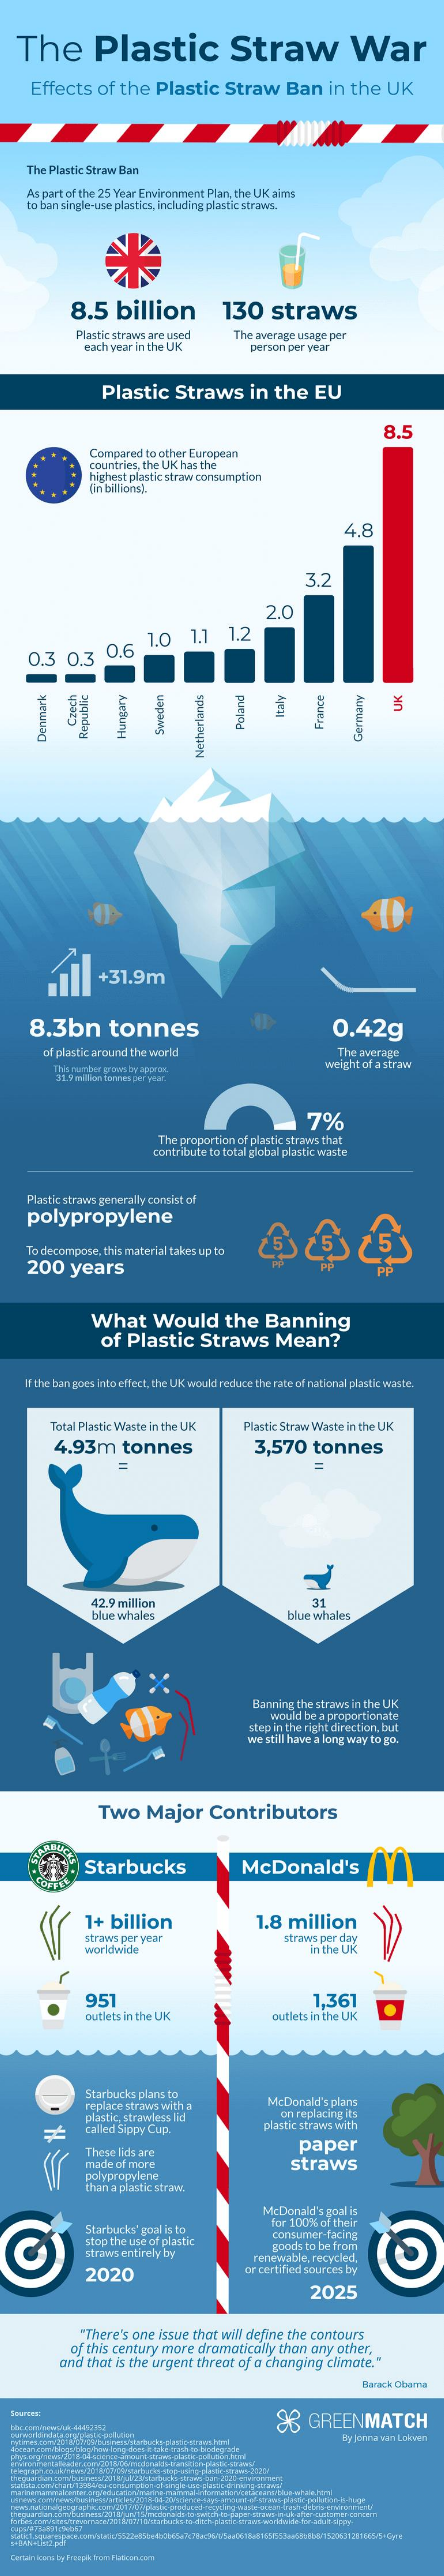
The    Plastic    Straw    War
     Effects    of  the   Plastic    Straw    Ban    in  the   UK
     The Plastic Straw Ban
     As part of the 25 Year Environment Plan, the UK aims
     to ban single-use plastics, including plastic straws.
     8.5    billion    130    straws
     Plastic straws are used
     each year in the UK
     The average usage per
     person per year
     Plastic    Straws    in  the    EU
     8.5
     Compared  to other European
     countries, the UK has the
     highest plastic straw consumption
     (in billions).
     4.8
     3.2
     2.0
     1.0    1.1    1.2
     0.3   0.3    0.6
     UK Italy Czech France Poland Sweden Republic Hungary Germany Dermark Netherlands
     +31.9m
     8.3bn    tonnes    0.42g
     of plastic around the world    The average
     Thi auber grows by appnos    weight of a straw
     31.5 million bonnes per year.
     7%
     The proportion of plastic straws that
     contribute to total global plastic waste
     Plastic straws generally consist of
     polypropylene
     To decompose, this material takes up to
     200    years
     What    Would    the    Banning
     of  Plastic    Straws    Mean?
    If the bun goes into effect, the UK would reduce the rate of national plastic wirite.
     Total Plastic Waste in the UK    Plastic Straw Waste in the UK
     4.93m    tonnes    3,570    tonnes
     42.9 million    31
     blue whales    blue whales
     Barring the straws in the UK
     would be a proportionate
     step in the right direction but
     we still have a long way to go.
     Two    Major    Contributors
     Starbucks    McDonald's
     1+   billion    1.8   million
     straws per year    straws per day
     worldwide    In the UK
     951    1.361
     outlets in the UK    outlets in the UK
     Starbucks plans to
     replace straws with a    McDonald's plans
     plastic, strawless lid    on replacing its
     called Sippy Cup.    plastic straws with
     These lids are
     paper
     made  of more    straws
     polypropylene
     than a plastic straw.
     McDonald's goal is
     Starbucks' goal is to
     for 1000% of their
     stop the use of plastic
     consumer-facing
     straws entirely by
     goods to be from
     2020
     renewable, recycled.
     or certified sources bry
     2025
     "There's one  issue that will define the contours
     of this century more   dramatically  than  any  other.
     and that is the urgent  threat of a changing   climate."
     Barack Obama
     98   GREENMATCH
     By Janna van Lakven
  Cercain Icore ty Freepik free Fleckcon.com